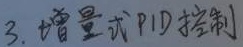
3. 增量式PID控制